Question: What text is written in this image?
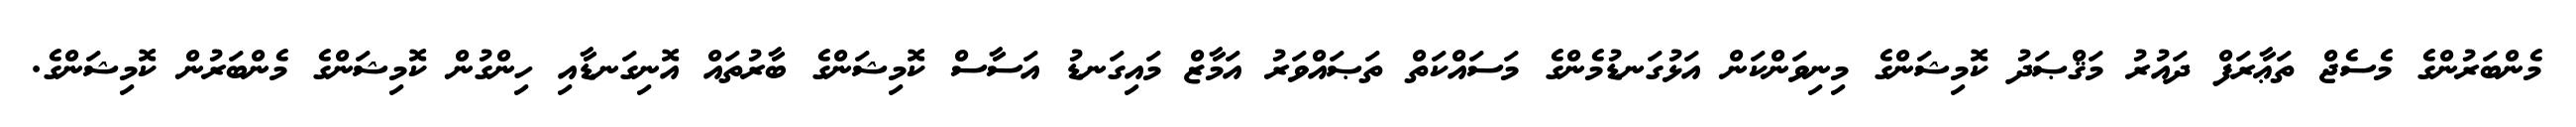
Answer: މެންބަރުންގެ މެސެޖް ތަޢާރަފް ދައުރު މަޤްޞަދު ކޮމިޝަންގެ މިނިވަންކަން އަޅުގަނޑުމެންގެ މަސައްކަތް ތަޞައްވަރު އަމާޒް މައިގަނޑު އަސާސް ކޮމިޝަންގެ ބާރުތައް އޮނިގަނޑާއި ހިންގުން ކޮމިޝަންގެ މެންބަރުން ކޮމިޝަންގެ.